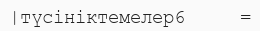
|түсініктемелер6     =